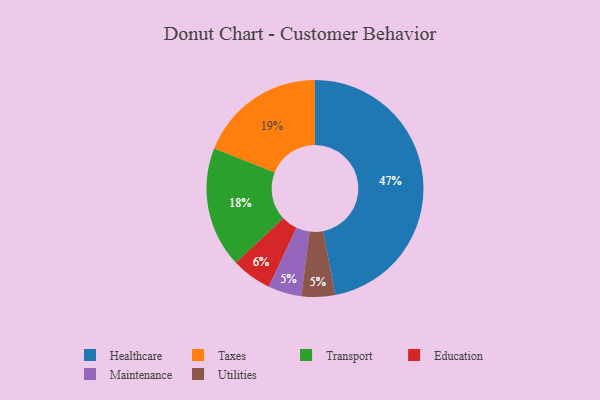
{"axis": {"x": "Category", "y": "Percentage"}, "legend": ["Education", "Healthcare", "Maintenance", "Taxes", "Transport", "Utilities"], "data": [{"x": "Maintenance", "y": 5, "type": "Maintenance"}, {"x": "Utilities", "y": 5, "type": "Utilities"}, {"x": "Taxes", "y": 19, "type": "Taxes"}, {"x": "Healthcare", "y": 47, "type": "Healthcare"}, {"x": "Transport", "y": 18, "type": "Transport"}, {"x": "Education", "y": 6, "type": "Education"}]}